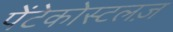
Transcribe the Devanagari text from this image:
पेंटेकोस्टलज़